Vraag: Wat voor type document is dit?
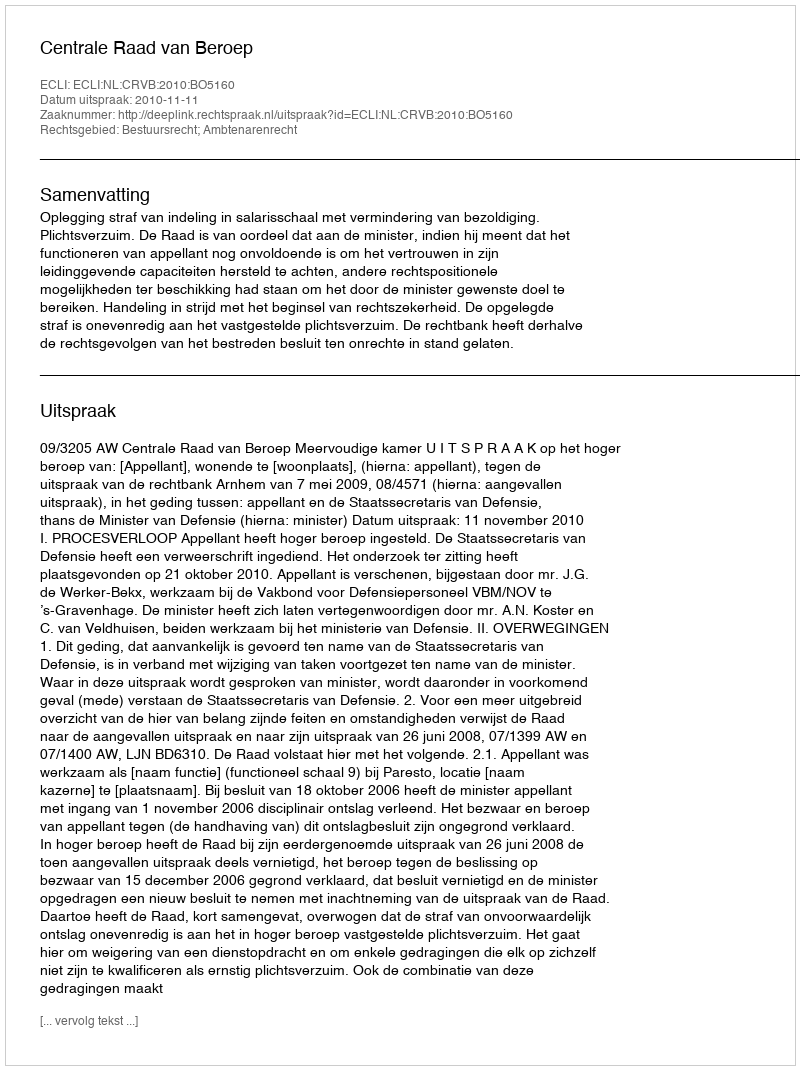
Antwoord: Uitspraak